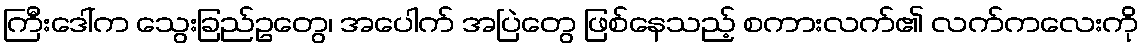
ကြီးဒေါ်က သွေးခြည်ဥတွေ၊ အပေါက် အပြဲတွေ ဖြစ်နေသည့် စကားလက်၏ လက်ကလေးကို